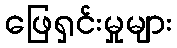
ဖြေရှင်းမှုများ